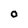
Character: 0